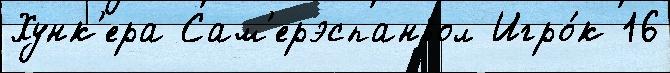
Хунк'ера Сам'ерэспаньол Игро́к 16